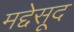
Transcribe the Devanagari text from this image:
मद्देसूद